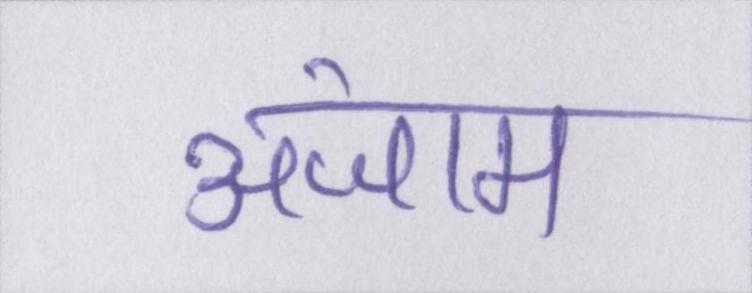
अंजाम